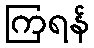
ကြရန်